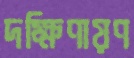
দক্ষিণায়ণ